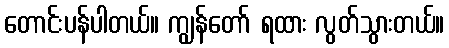
တောင်းပန်ပါတယ်။ ကျွန်တော် ရထား လွတ်သွားတယ်။